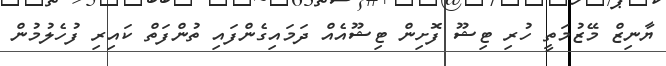
ޔާނިޒް މޭޒުމަތީ ހުރި ޓިޝޫ ފޮށިން ޓިޝޫއެއް ދަމައިގެންފައި ތުންފަތް ކައިރި ފުހެލުމުން